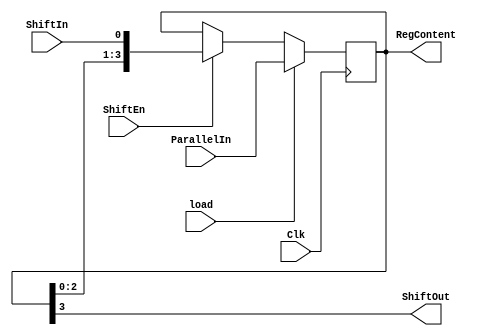
`timescale 1ns / 1ps
//////////////////////////////////////////////////////////////////////////////////
// Company: 
// Engineer: 
// 
// Design Name: 
// Module Name: lab6_1_4
// Project Name: 
// Target Devices: 
// Tool Versions: 
// Description: 
// 
// Dependencies: 
// 
// Revision:
// Revision 0.01 - File Created
// Additional Comments:
// 
//////////////////////////////////////////////////////////////////////////////////


module lab6_1_4(input Clk, input ShiftIn,
input [3:0] ParallelIn, input load, input ShiftEn, output ShiftOut, output
[3:0] RegContent);


reg [3:0] shift_reg;


always @(posedge Clk)

if(load)

shift_reg <= ParallelIn;

else if (ShiftEn)

shift_reg <= {shift_reg[2:0], ShiftIn};


assign ShiftOut = shift_reg[3];

assign RegContent = shift_reg;


endmodule